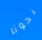
نحونا